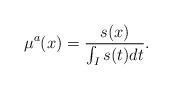
LaTeX: \begin{align*}\mu^a(x)=\frac{s(x)}{\int_I s(t)dt}.\end{align*}